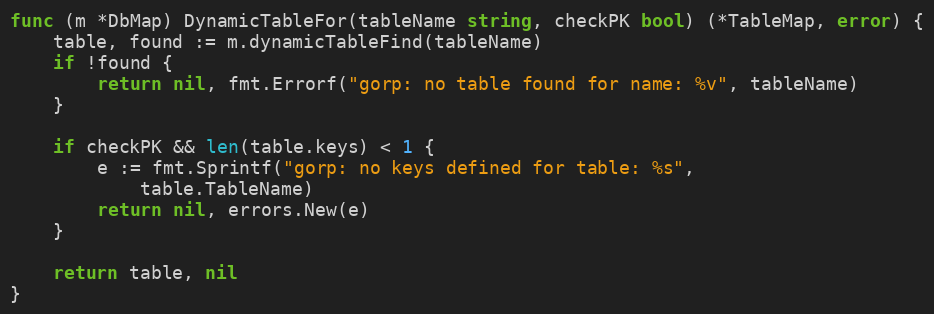
Language: Go
func (m *DbMap) DynamicTableFor(tableName string, checkPK bool) (*TableMap, error) {
	table, found := m.dynamicTableFind(tableName)
	if !found {
		return nil, fmt.Errorf("gorp: no table found for name: %v", tableName)
	}

	if checkPK && len(table.keys) < 1 {
		e := fmt.Sprintf("gorp: no keys defined for table: %s",
			table.TableName)
		return nil, errors.New(e)
	}

	return table, nil
}